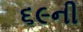
૬૯ની